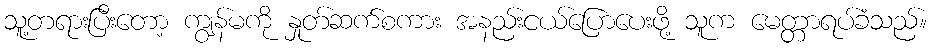
သူ့တရားပြီးတော့ ကျွန်မကို နှုတ်ဆက်စကား အနည်းငယ်ပြောပေးဖို့ သူက မေတ္တာရပ်ခံသည်။